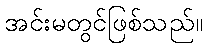
အင်းမတွင်ဖြစ်သည်။